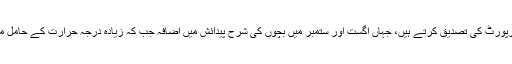
امریکا میں گزشتہ 80 برس کے اعداد و شمار بھی اس مطالعاتی رپورٹ کی تصدیق کرتے ہیں، جہاں اگست اور ستمبر میں بچوں کی شرح پیدائش میں اضافہ جب کہ زیادہ درجہ حرارت کے حامل موسم گرما کے مہینوں میں شرح پیدائش میں کمی ریکارڈ کی گئی۔